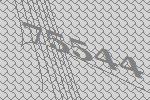
75544